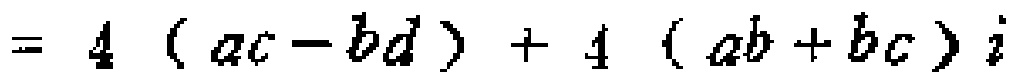
$= 4(ac - bd)+4(ab + bc)i$